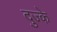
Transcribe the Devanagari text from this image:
दुज्के